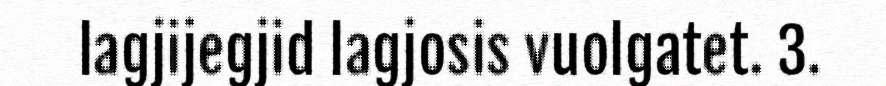
lagjijegjid lagjosis vuolgatet. 3.